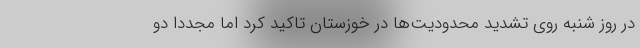
در روز شنبه روی تشدید محدودیت‌ها در خوزستان تاکید کرد اما مجددا دو